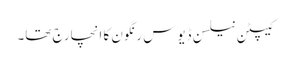
کیپٹن نیلسن ڈیوس رنگون کا انچارج تھا۔